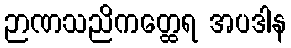
ဉာဏသညိကတ္ထေရ အပဒါန